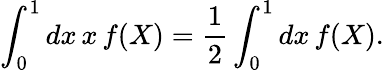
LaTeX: \int_{0}^{1}dx\, x\, f(X)=\frac{1}{2}\int_{0}^{1}dx\, f(X).